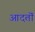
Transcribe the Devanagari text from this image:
आदतॊं